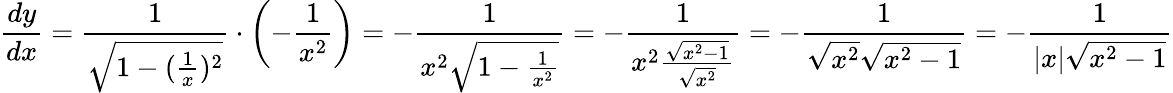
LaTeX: {\frac{dy}{dx}}={\frac{1}{\sqrt{1-({\frac{1}{x}})^{2}}}}\cdot\left(-{\frac{1}{x^{2}}}\right)=-{\frac{1}{x^{2}{\sqrt{1-{\frac{1}{x^{2}}}}}}}=-{\frac{1}{x^{2}{\frac{\sqrt{x^{2}-1}}{\sqrt{x^{2}}}}}}=-{\frac{1}{{\sqrt{x^{2}}}{\sqrt{x^{2}-1}}}}=-{\frac{1}{|x|{\sqrt{x^{2}-1}}}}